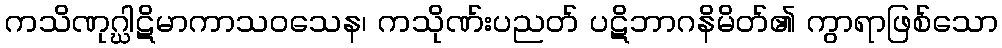
ကသိဏုဂ္ဃါဋိမာကာသဝသေန၊ ကသိုဏ်းပညတ် ပဋိဘာဂနိမိတ်၏ ကွာရာဖြစ်သော